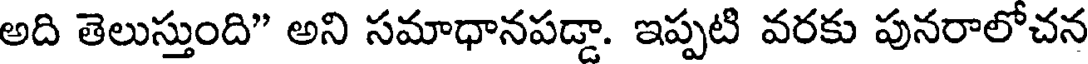
అది తెలుస్తుంది" అని సమాధానపడ్డా. ఇప్పటి వరకు పునరాలోచన